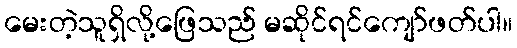
မေးတဲ့သူရှိလို့ဖြေသည် မဆိုင်ရင်ကျော်ဖတ်ပါ။